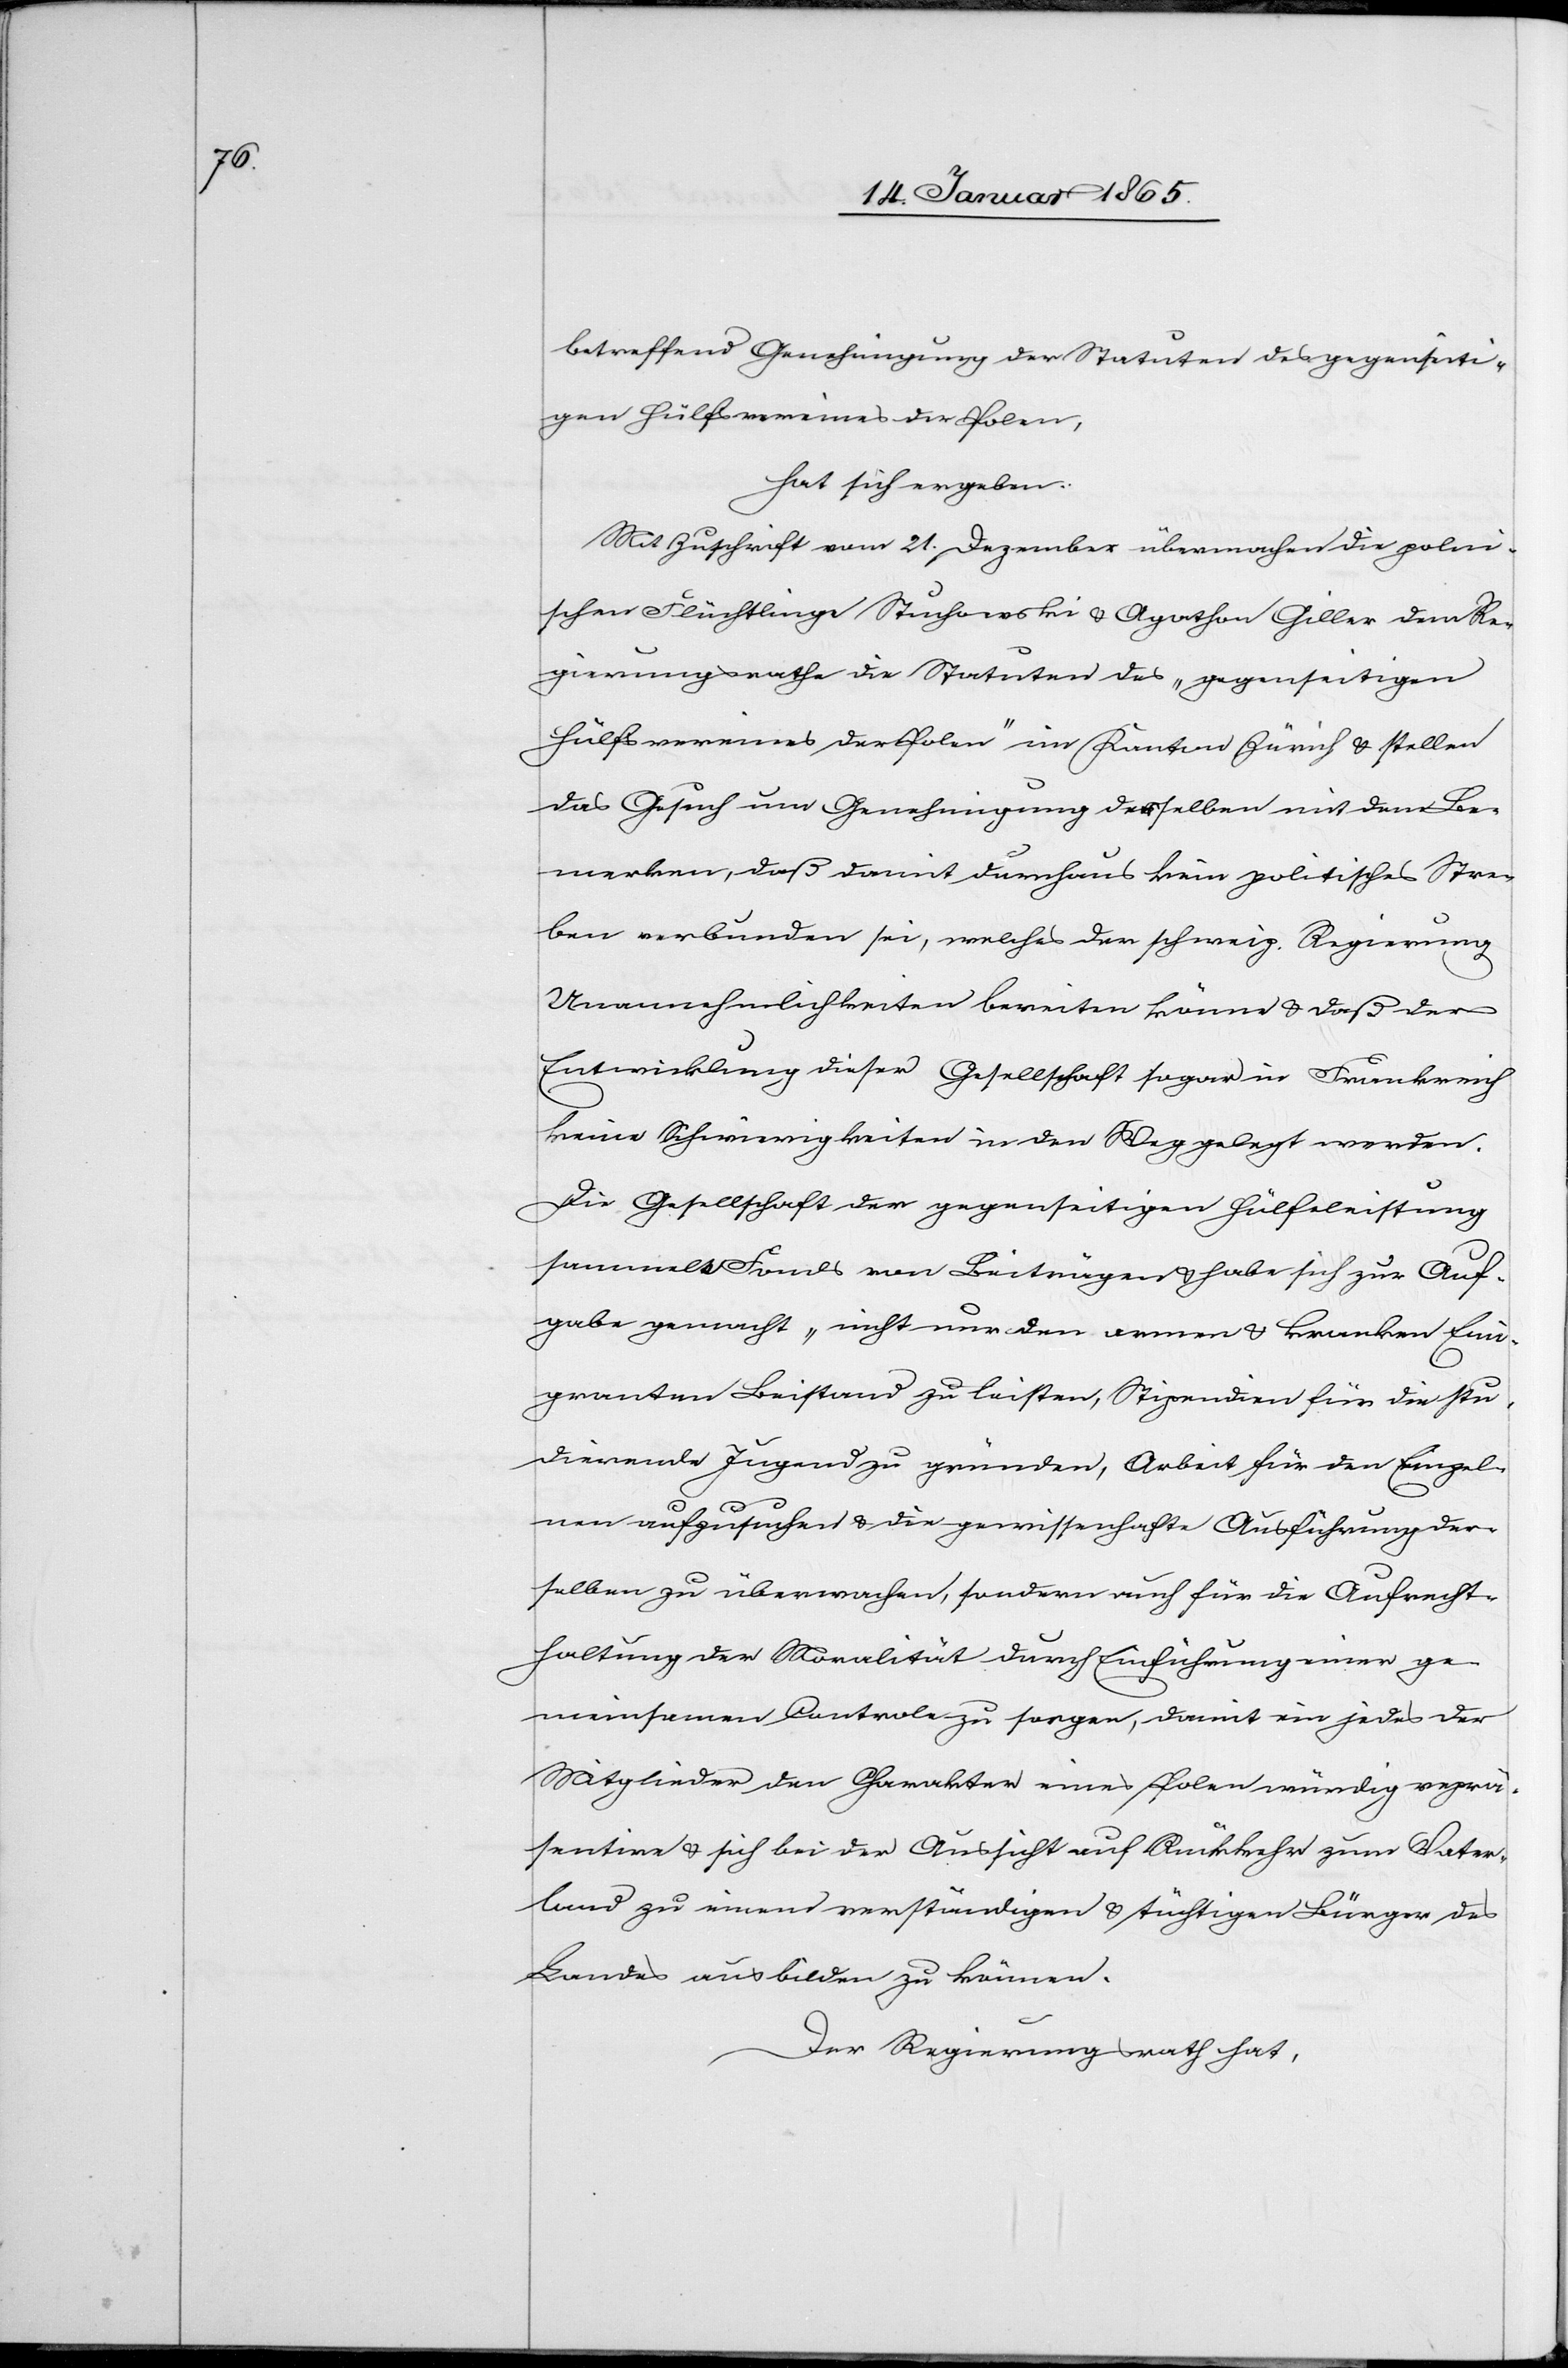
betreffend Genehmigung der Statuten des gegenseiti¬
gen Hülfsvereines der Polen,
hat sich ergeben:
Mit Zuschrift vom 21. Dezember übermachen die polni¬
schen Flüchtlinge Stuchowski u. Agathon [sic!] Giller dem Re¬
gierungsrathe die Statuten des „gegenseitigen
Hülfsvereines der Polen“ im Kanton Zürich u. stellen
das Gesuch um Genehmigung derselben mit dem Be¬
merken, daß damit durchaus kein politisches Stre¬
ben verbunden sei, welches der schweiz. Regierung
Unannehmlichkeiten bereiten könne u. daß der
Entwicklung dieser Gesellschaft sogar in Frankreich
keine Schwierigkeiten in den Weg gelegt worden.
Die Gesellschaft der gegenseitigen Hülfeleistung
sammelt Fonds von Beiträgen u. habe sich zur Auf¬
gabe gemacht „nicht nur den armen u. kranken Emi¬
granten Beistand zu leisten, Stipendien für die stu¬
dierende Jugend gründen, Arbeit für den Einzel¬
nen aufzusuchen u. die gewissenhafte Ausführung der¬
selben zu überwachen, sondern auch für die Aufrecht¬
haltung der Moralität durch Einführung einer ge¬
meinsamen Controle zu sorgen, damit ein jedes der
Mitglieder den Charakter eines Polen würdig reprä¬
sentire u. sich bei der Aussicht auf Rückkehr zum Vater¬
land zu einem verständigen u. tüchtigen Bürger des
Landes ausbilden zu können[“].
Der Regierungsrath hat,